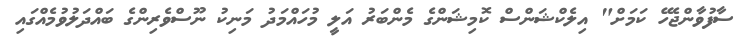
ސާފުވާންޖެހޭ ކަމަށް" އިލެކްޝަންސް ކޮމިޝަންގެ މެންބަރު އަލީ މުހައްމަދު މަނިކު ނޫސްވެރިންގެ ބައްދަލުވުމެއްގައި